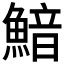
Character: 𩹎